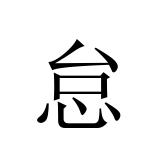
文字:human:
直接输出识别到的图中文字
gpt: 怠